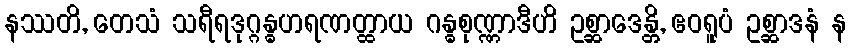
နဿတိ, တေသံ သရီရဒုဂ္ဂန္ဓဟရဏတ္ထာယ ဂန္ဓစုဏ္ဏာဒီဟိ ဥစ္ဆာဒေန္တိ, ဧဝရူပံ ဥစ္ဆာဒနံ န